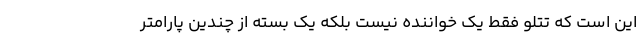
این است که تتلو فقط یک خواننده نیست بلکه یک بسته از چندین پارامتر